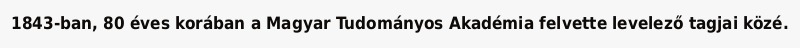
1843-ban, 80 éves korában a Magyar Tudományos Akadémia felvette levelező tagjai közé.